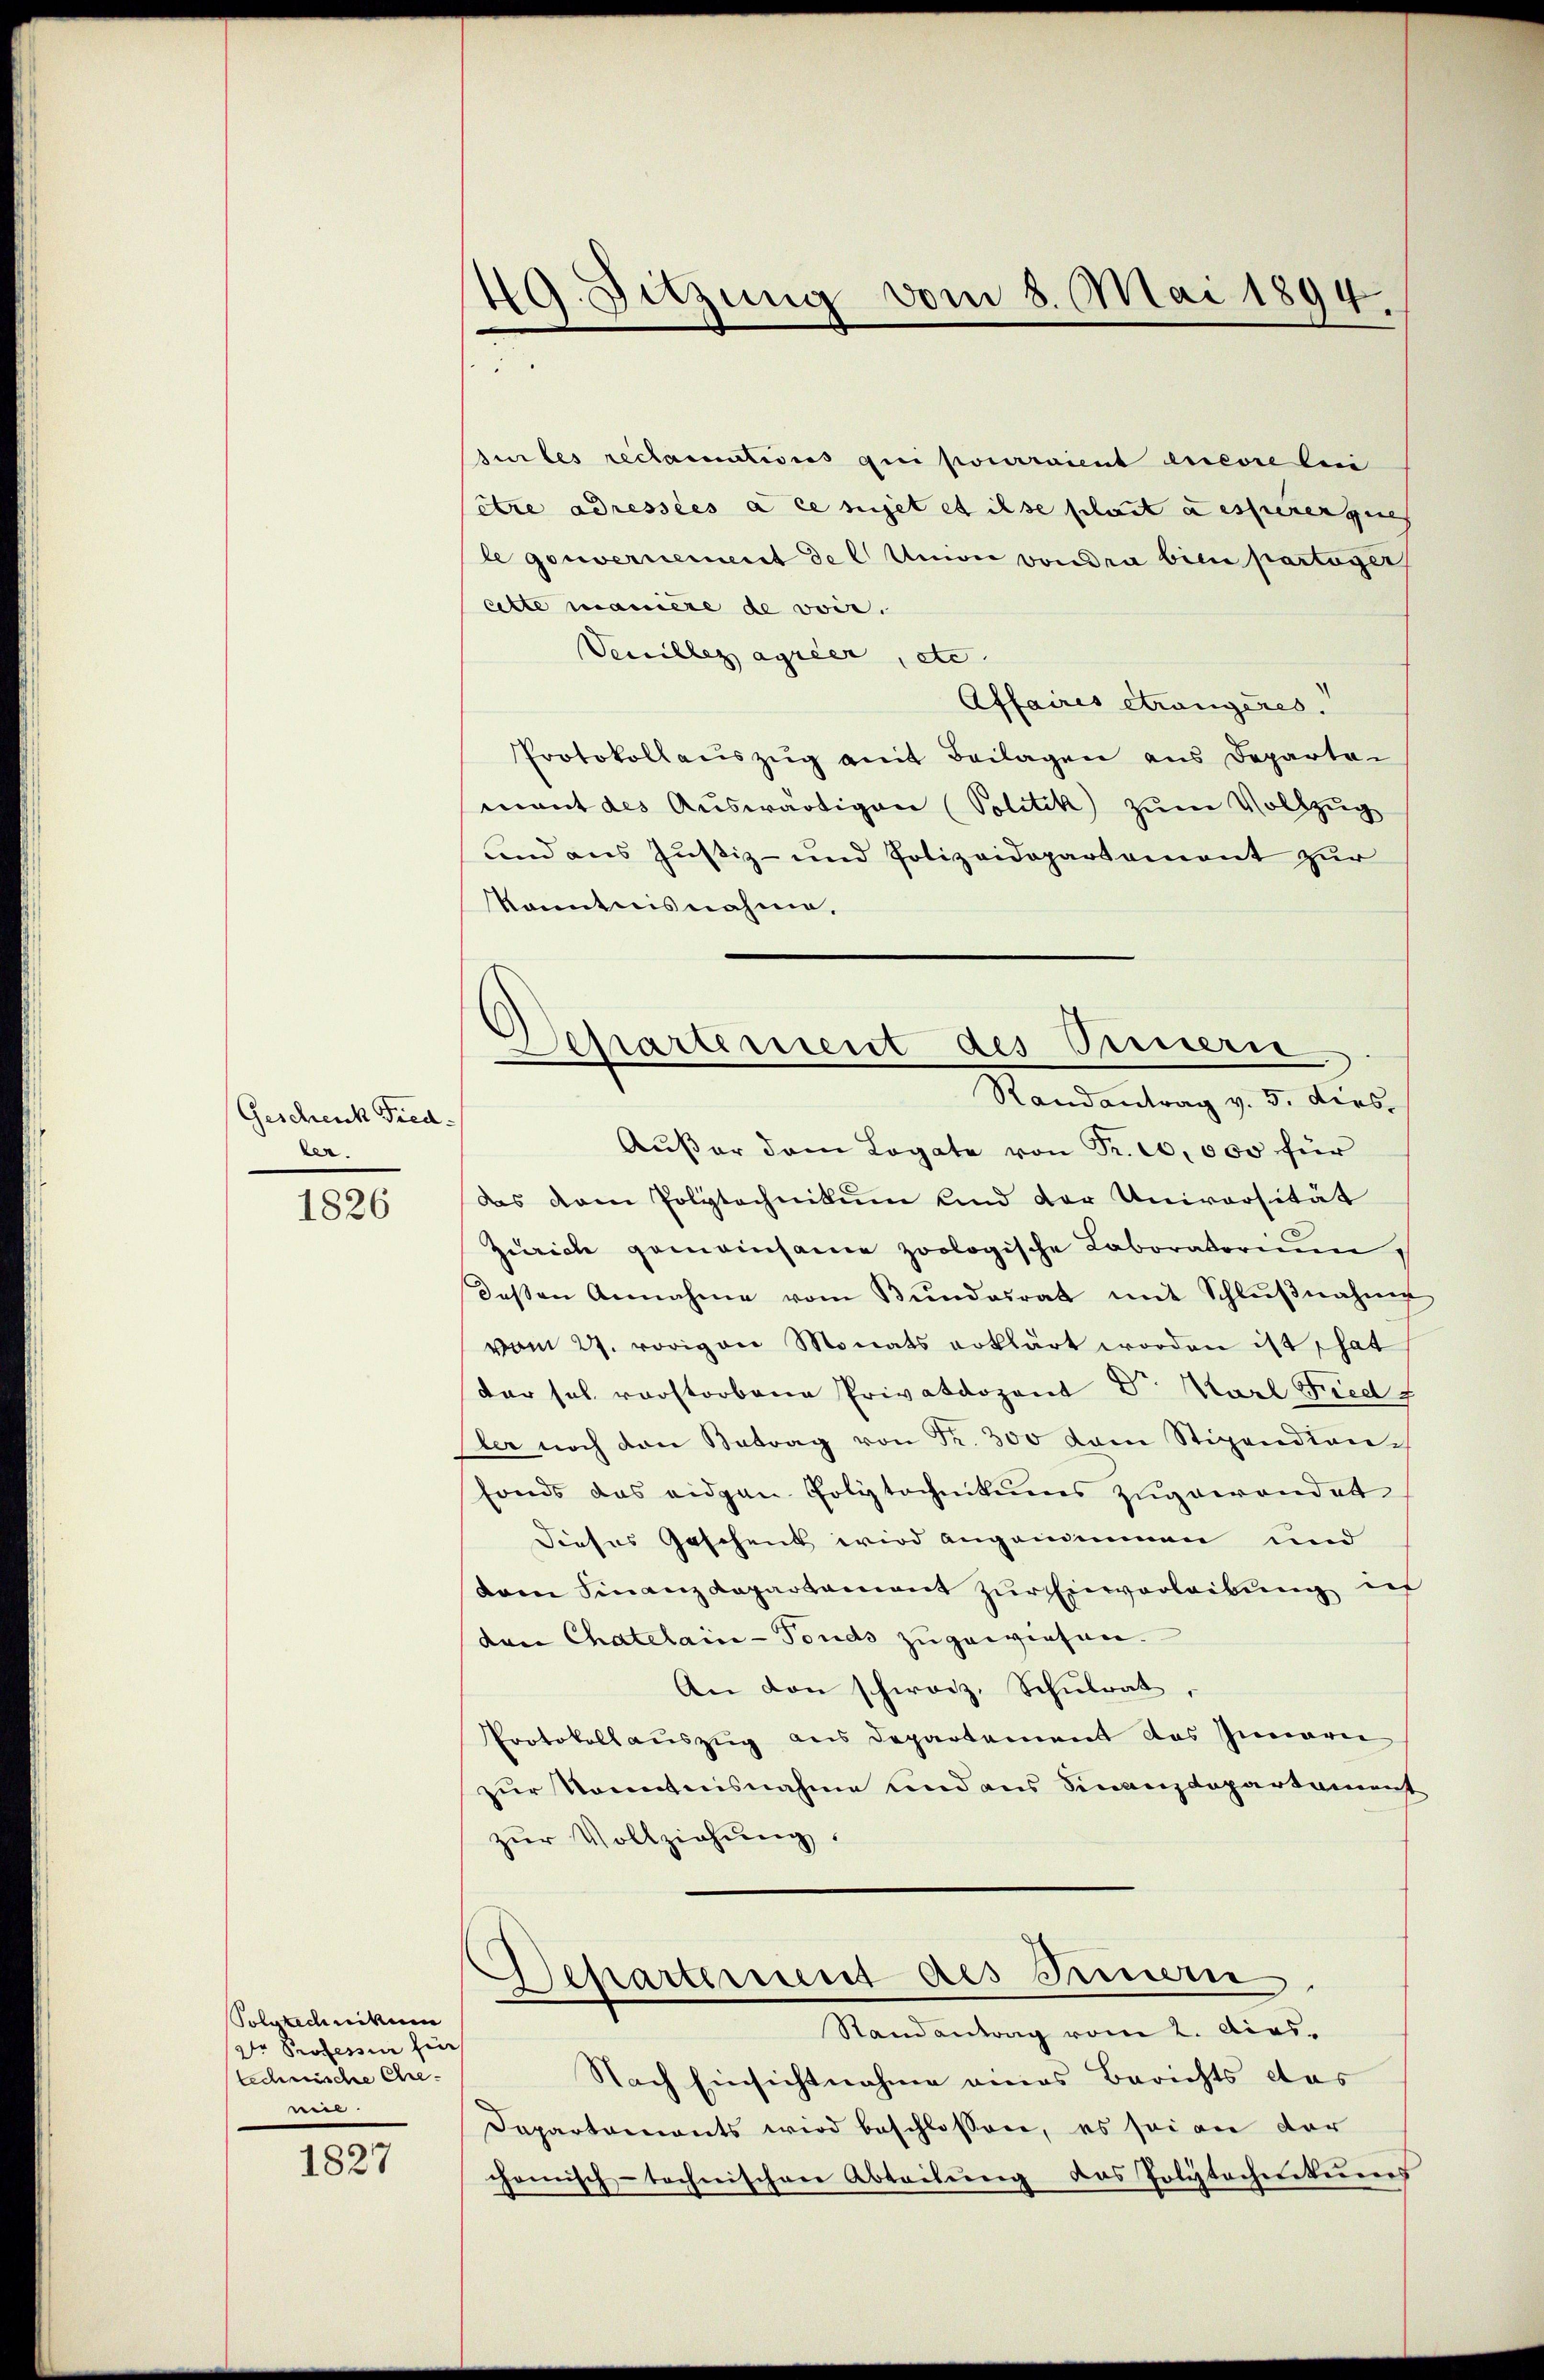
Geschenk Fiedler.

1826

Solvtednikum
Dr Professor für
technische Ehre-
neil.

1827

49. Sitzung vom 8. Mai 1894.
d

siles reclamations qui pourraient encore lei
être adressées à ce seiget et ils schaut dessenergies
le gouvernement der Union voudra bien partager
cette maniere de voir.
Vecillez agrier, etc. |
Affaires étrangeres.
Protokollauszug amit Beilagen aus Departen
mant des Auswärtigen (Politik zum Vollzug
und aus Justiz- und Polizeidepartement zur
kanntnisnahme.
Außer dem Legate von Fr. 10,000 für
das dem Polytechnikum und der Universität
Zürich gemeinsame zoologische Laboratorium
deβen Annahme vom Bŭndesrat mit Schlŭβnahme
vom 27. vorigen Monats erklärt worden ist, hat
der sel. verstorbene Privatdozent Dr. Karl Fried f
Iter noch den Betrag von Fr. 300 kam Stipendion-
fonds das eidgen. Polytechnikums zugewendet
Dieses Geschenk wird angenimmen und
dam Finanzdepartemont zur Einverleibung in
den Chatelain-Fonds zugewiesen.
An den schweiz. Schulrat,
Protokollauszug aus Departement das Innern
zur Kenntnisnahme und aus Finanzdepartament
zŭr Vollziehŭng.
Departement des Innern.
Randantrag vom 2. Acas.
Nach Einsichtnahme eines Berichts das
Departements wird beschlossen, es sei an der
chomisch-technischen Abtribung des Polytechnikums

epartement des Innern
Randantrag v. 5. ders.